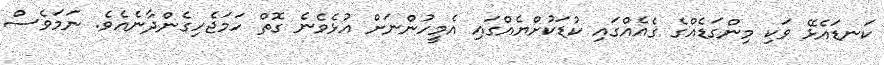
ކަނޑައެޅޭ ވަކި މިންގަޑެއްގެ ގެއެއްގައި ކުޑަކުށްޔެއްގައި އެމީހުންނަށް އުޅެވެނެ ގޮތް ހަމަޖެހިގެންދާނެއެވެ. ނަމަވެސް